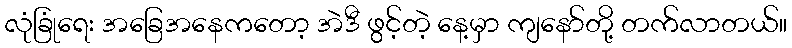
လုံခြုံရေး အခြေအနေကတော့ အဲဒီ ဖွင့်တဲ့ နေ့မှာ ကျနော်တို့ တက်လာတယ်။